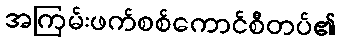
အကြမ်းဖက်စစ်ကောင်စီတပ်၏